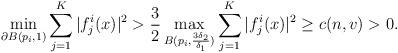
LaTeX: \begin{align*}\min_{\partial B(p_i, 1)}\sum\limits_{j=1}^{K}|f^i_j(x)|^2 > \frac{3}{2}\max_{B(p_i, \frac{3\delta_2}{\delta_1})}\sum\limits_{j=1}^K|f^i_j(x)|^2\geq c(n, v)>0.\end{align*}